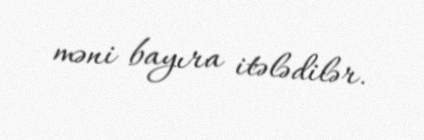
məni bayıra itələdilər.